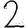
Digit: 2